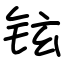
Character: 铉